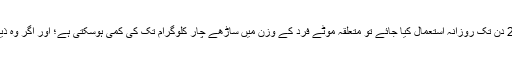
پچھلے دو سال کے دوران مختلف مریضوں پر اس آمیزے کے تجربات سے معلوم ہوا ہے کہ اگر یہ 28 دن تک روزانہ استعمال کیا جائے تو متعلقہ موٹے فرد کے وزن میں ساڑھے چار کلوگرام تک کی کمی ہوسکتی ہے؛ اور اگر وہ ذیابیطس کا مریض ہو تو اس کے خون میں شوگر کی سطح بھی بہتر (نارمل سے قریب تر) ہوجائے گی۔